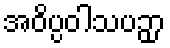
အဝိပ္ပဝါသပဉှာ